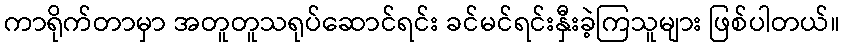
ကာရိုက်တာမှာ အတူတူသရုပ်ဆောင်ရင်း ခင်မင်ရင်းနှီးခဲ့ကြသူများ ဖြစ်ပါတယ်။